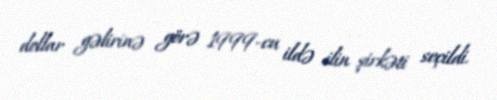
dollar gəlirinə görə 1999-cu ildə ilin şirkəti seçildi.